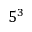
5 ^ { 3 }